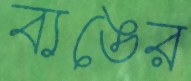
ব্যঙের